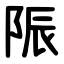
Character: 陙